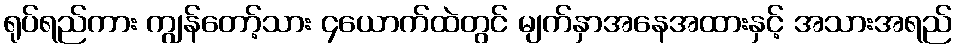
ရုပ်ရည်ကား ကျွန်တော့်သား ၄ယောက်ထဲတွင် မျက်နှာအနေအထားနှင့် အသားအရည်